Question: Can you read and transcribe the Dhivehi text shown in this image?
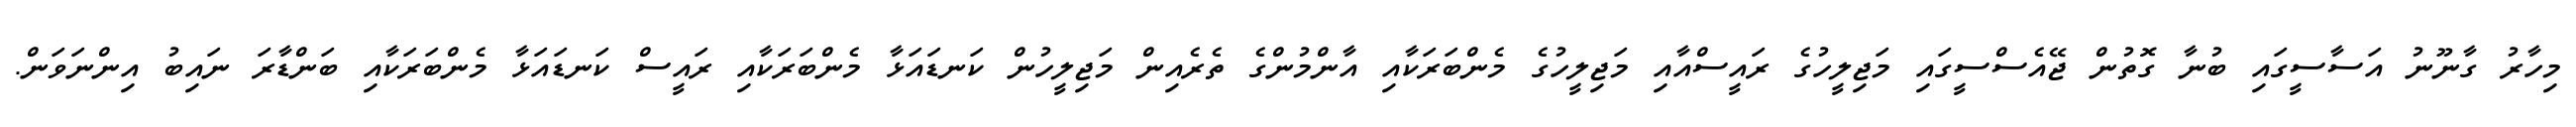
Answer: މިހާރު ގާނޫނު އަސާސީގައި ބުނާ ގޮތުން ޖޭއެސްސީގައި މަޖިލީހުގެ ރައީސްއާއި މަޖިލީހުގެ މެންބަރަކާއި އާންމުންގެ ތެރެއިން މަޖިލީހުން ކަނޑައަޅާ މެންބަރަކާއި ރައީސް ކަނޑައަޅާ މެންބަރަކާއި ބަންޑާރަ ނައިބު އިންނަވަން.